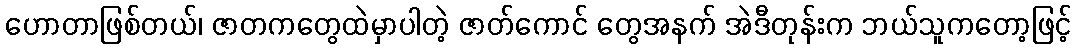
ဟောတာဖြစ်တယ်၊ ဇာတကတွေထဲမှာပါတဲ့ ဇာတ်ကောင် တွေအနက် အဲဒီတုန်းက ဘယ်သူကတော့ဖြင့်